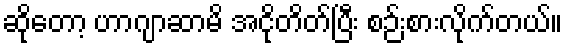
ဆိုတော့ ဟာဂျာဆာမိ အငိုတိတ်ပြီး စဉ်းစားလိုက်တယ်။